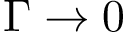
\Gamma \rightarrow 0